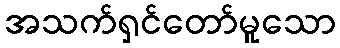
အသက်ရှင်တော်မူသော